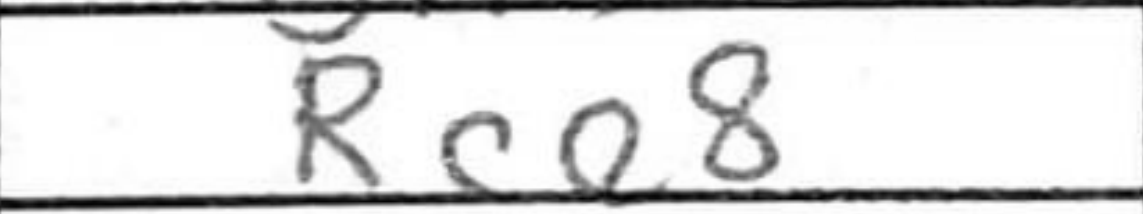
Transcription: Rce8